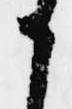
か